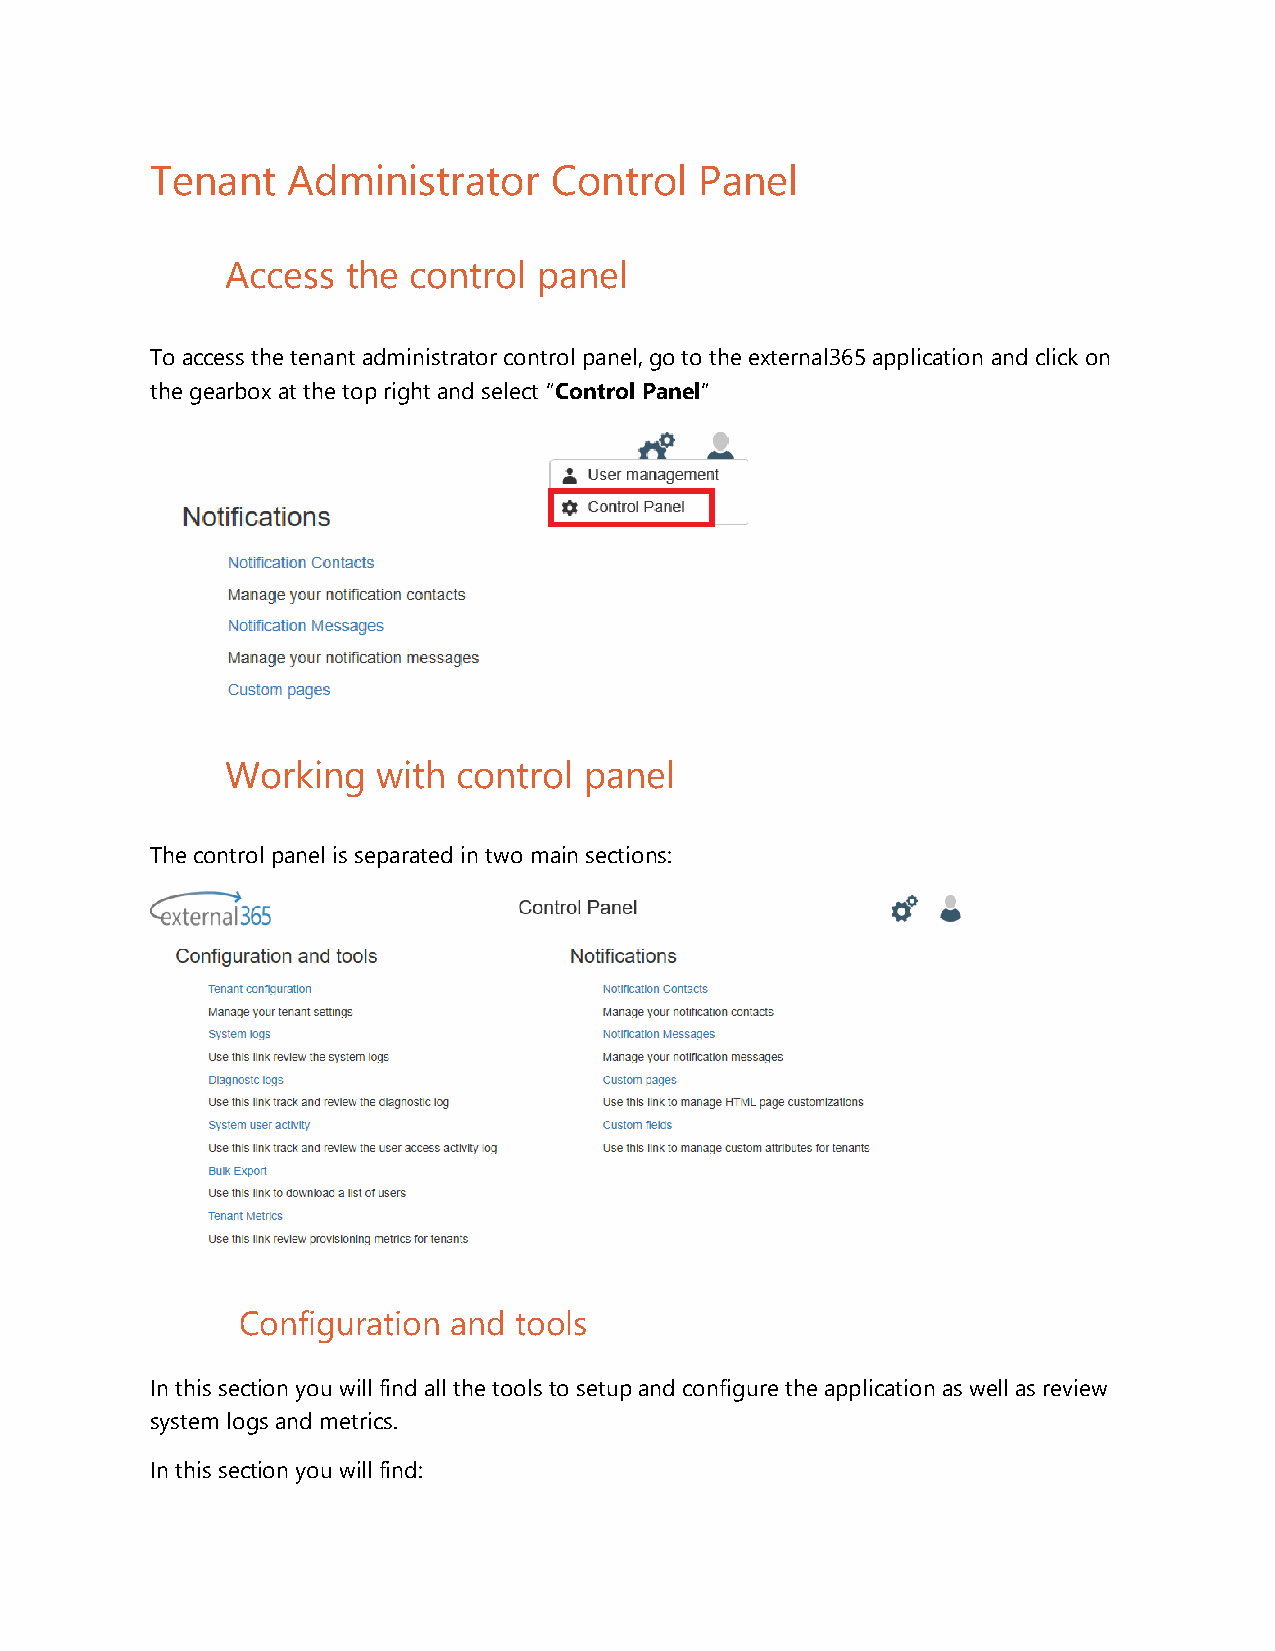
Tenant   Administrator    Control   Panel
 Access  the control  panel
 To access the tenant administrator control panel, go to the external365 application and click on
 the gearbox at the top right and select “Control Panel”
 Working   with control  panel
 The control panel is separated in two main sections:
 Configuration and tools
 In this section you will find all the tools to setup and configure the application as well as review
 system logs and metrics.
 In this section you will find: